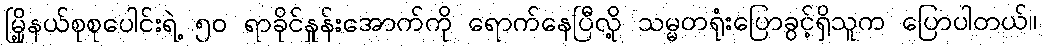
မြို့နယ်စုစုပေါင်းရဲ့ ၅၀ ရာခိုင်နှုန်းအောက်ကို ရောက်နေပြီလို့ သမ္မတရုံးပြောခွင့်ရှိသူက ပြောပါတယ်။